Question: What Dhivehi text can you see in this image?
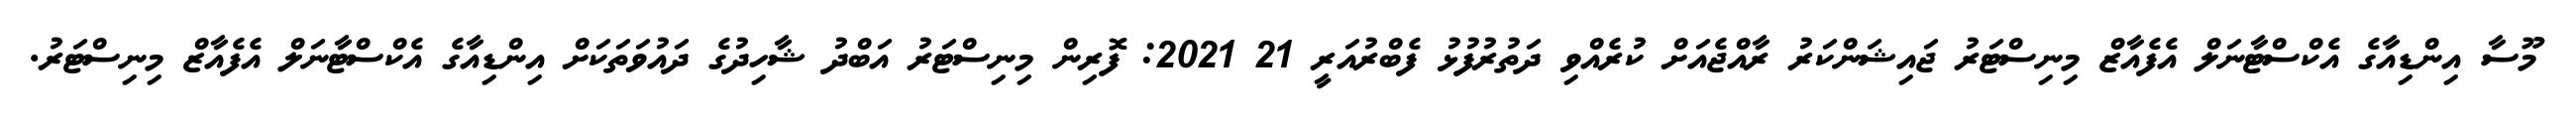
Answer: މޫސާ އިންޑިއާގެ އެކްސްޓާނަލް އެފެއާޒް މިނިސްޓަރު ޖައިޝަންކަރު ރާއްޖެއަށް ކުރެއްވި ދަތުރުފުޅު ފެބްރުއަރީ 21 2021: ފޮރިން މިނިސްޓަރު އަބްދު ޝާހިދުގެ ދައުވަތަކަށް އިންޑިއާގެ އެކްސްޓާނަލް އެފެއާޒް މިނިސްޓަރު.